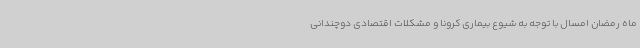
ماه رمضان امسال با توجه به شیوع بیماری کرونا و مشکلات اقتصادی دوچندانی